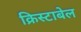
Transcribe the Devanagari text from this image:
क्रिस्टाबेल